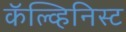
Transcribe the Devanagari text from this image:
कॅल्व्हिनिस्ट